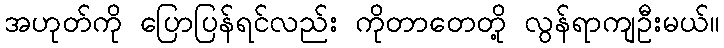
အဟုတ်ကို ပြောပြန်ရင်လည်း ကိုတာတေတို့ လွန်ရာကျဦးမယ်။